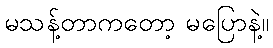
မသန့်တာကတော့ မပြောနဲ့။